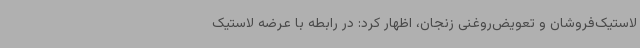
لاستیک‌فروشان و تعویض‌روغنی زنجان، اظهار کرد: در رابطه با عرضه لاستیک